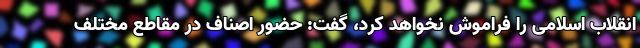
انقلاب اسلامی را فراموش نخواهد کرد، گفت: حضور اصناف در مقاطع مختلف